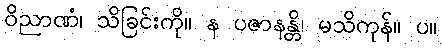
ဝိညာဏံ၊ သိခြင်းကို။ န ပဇာနန္တိ၊ မသိကုန်။ ပ။